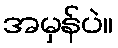
အမှန်ပဲ။